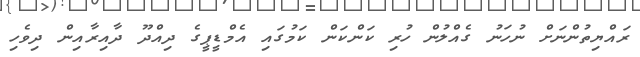
ރައްޔިތުންނަށް ނުހަނު ގެއްލުން ހުރި ކަންކަން ކަމުގައި އެމްޑީޕީގެ ދިއްދޫ ދާއިރާއިން ދިވެހި